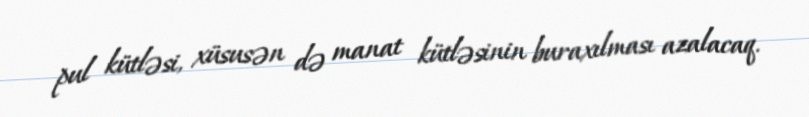
pul kütləsi, xüsusən də manat kütləsinin buraxılması azalacaq.